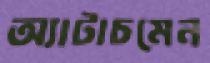
অ্যাটাচমেন